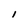
Character: 1